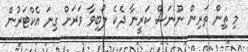
މި ތިން ތަރިން ނޫނަސް ކަރީނާ ދެކެ ލޯބިވާ ވަރަށް ގިނަ އެކްޓަރުން